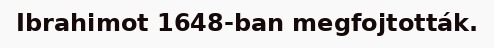
Ibrahimot 1648-ban megfojtották.